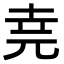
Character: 𫝔